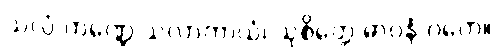
သလ္လံ ကဏ္ဍေ သလာကာယံ၊ သုစိတ္တေ ဓာဝနံ ဂတေ။